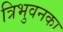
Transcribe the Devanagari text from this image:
त्रिभुवनका